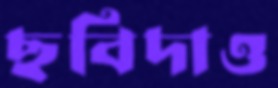
ছবিদাও